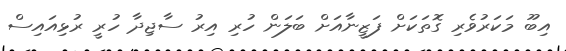
އިބޫ މަކަރުވެރި ގޮތަކަށް ފަޒީނާއަށް ބަލަން ހުރި އިރު ސާޖިދާ ހުރީ ރުޅިއައިސް